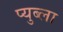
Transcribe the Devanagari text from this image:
प्युब्ला